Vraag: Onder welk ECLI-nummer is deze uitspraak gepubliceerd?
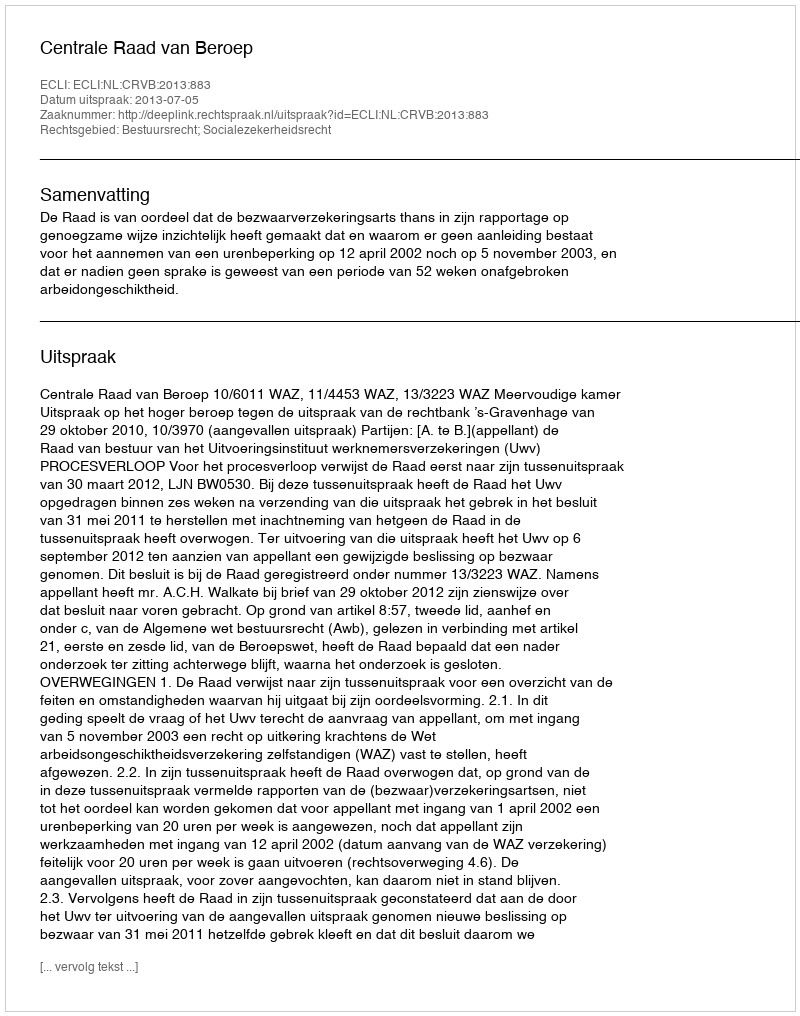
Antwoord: ECLI:NL:CRVB:2013:883